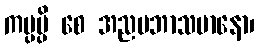
ကပ္ပမ္ပိ စေ အညမဘာသမာနော၊